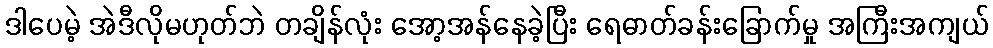
ဒါပေမဲ့ အဲဒီလိုမဟုတ်ဘဲ တချိန်လုံး အော့အန်နေခဲ့ပြီး ရေဓာတ်ခန်းခြောက်မှု အကြီးအကျယ်